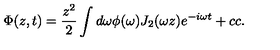
\Phi ( z , t ) = { \frac { z ^ { 2 } } { 2 } } \int { d \omega \phi ( \omega ) J _ { 2 } ( \omega z ) e ^ { - i \omega t } } + c c .